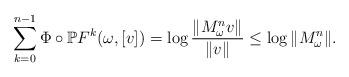
LaTeX: \begin{align*}\sum_{k=0}^{n-1}\Phi\circ \mathbb P F^k(\omega,[v])=\log\frac{\Vert M^n_\omega v\Vert}{\Vert v\Vert}\le \log \Vert M^n_\omega\Vert.\end{align*}